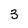
Character: 3